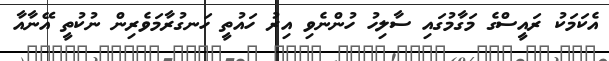
އެކަމަކު ރައީސްގެ މަގާމުގައި ސާލިހު ހުންނެވި އިރު ހައުތީ ހަނގުރާމަވެރިން ނުކުތީ އޭނާއާ